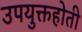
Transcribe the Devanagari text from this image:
उपयुक्तहोती